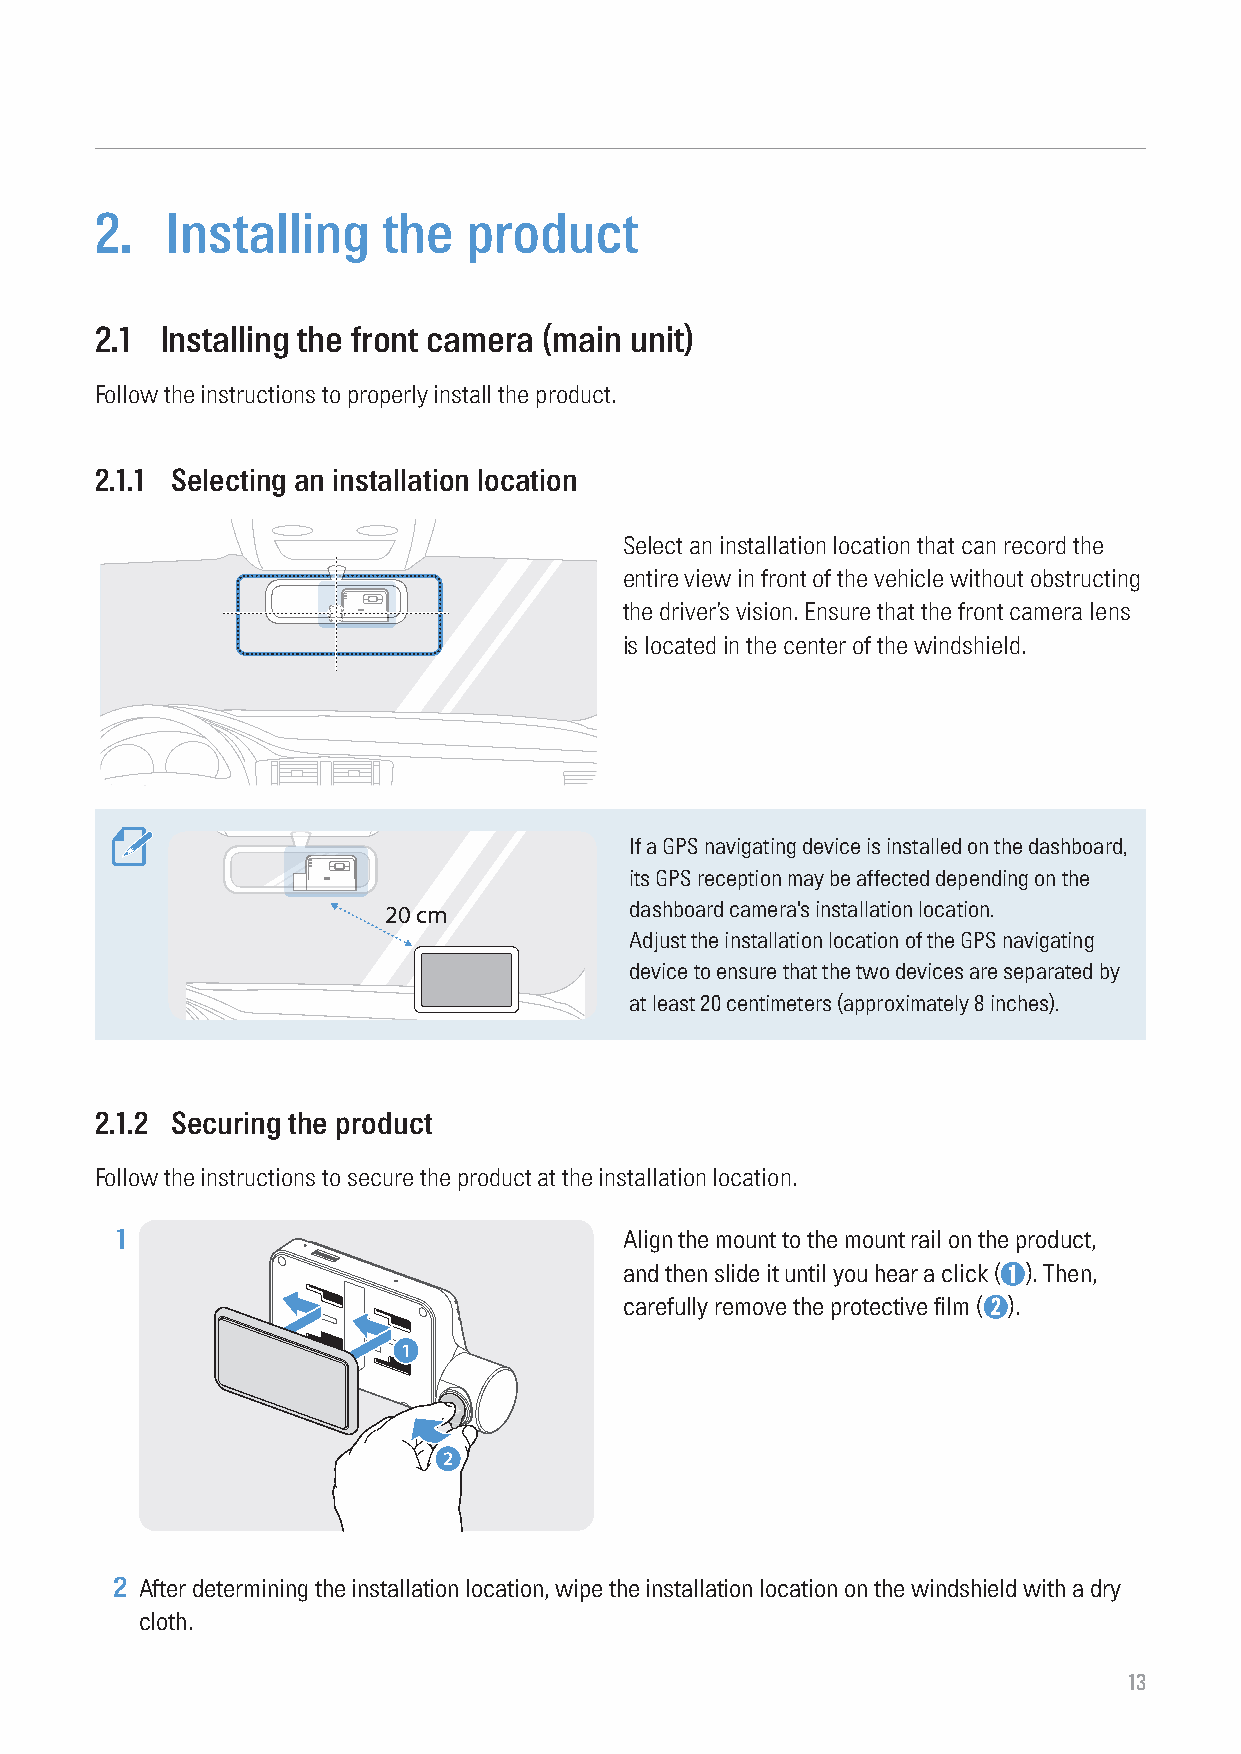
2.   Installing    the   product
 2.1  Installing the front camera (main unit)
 Follow the instructions to properly install the product.
 2.1.1 Selecting an installation location
 Select an installation location that can record the
 entire view in front of the vehicle without obstructing
 the driver’s vision. Ensure that the front camera lens
 is located in the center of the windshield.
 If a GPS navigating device is installed on the dashboard,
 its GPS reception may be affected depending on the
 20 cm            dashboard camera's installation location.
 Adjust the installation location of the GPS navigating
 device to ensure that the two devices are separated by
 at least 20 centimeters (approximately 8 inches).
 2.1.2 Securing the product
 Follow the instructions to secure the product at the installation location.
 1                                Align the mount to the mount rail on the product,
 and then slide it until you hear a click (➊). Then,
 carefully remove the protective film (➋).
 1
 2
 2 After determining the installation location, wipe the installation location on the windshield with a dry
 cloth.
 13